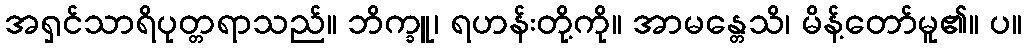
အရှင်သာရိပုတ္တရာသည်။ ဘိက္ခူ၊ ရဟန်းတို့ကို။ အာမန္တေသိ၊ မိန့်တော်မူ၏။ ပ။